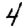
Digit: 4